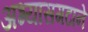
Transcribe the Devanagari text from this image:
अभ्यासगटाने